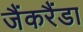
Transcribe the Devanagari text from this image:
जैंकरैंडा